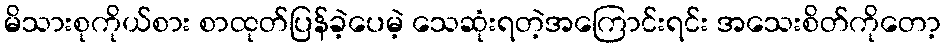
မိသားစုကိုယ်စား စာထုတ်ပြန်ခဲ့ပေမဲ့ သေဆုံးရတဲ့အကြောင်းရင်း အသေးစိတ်ကိုတော့